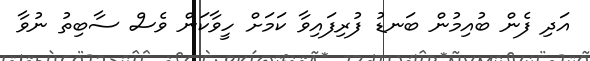
އަދި ފެން ބުއިމުން ބަނޑު ފުރިފައިވާ ކަމަށް ހީވާކަން ވެސް ސާބިތު ނުވާ